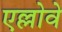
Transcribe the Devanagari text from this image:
एल्लोवे